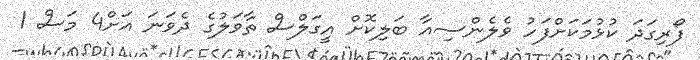
ފޯރިގަދަ ކުޅުމަކަށްފަހު ވެލެންސިއާ ބަލިކޮށް އީގަލްސް ތާވަލުގެ ދެވަނަ އަށް4 މަސް 1